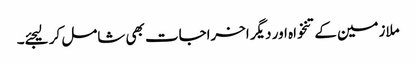
ملازمین کےتنخواہ اور دیگر اخراجات بھی شامل کر لیجئے۔